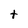
Character: t